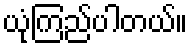
ယုံကြည်ပါတယ်။